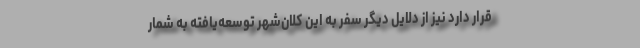
قرار دارد نیز از دلایل دیگر سفر به این کلان‌شهر توسعه‌یافته به شمار